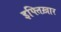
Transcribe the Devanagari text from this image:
इफ्तिख़ार